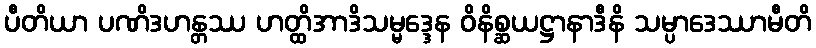
ပီတိယာ ပဏိဒဟန္တဿ ဟတ္ထိအာဒိသမ္မဒ္ဒေန ဝိနိစ္ဆယဋ္ဌာနာဒီနိ သမ္ပာဒေဿာမီတိ